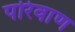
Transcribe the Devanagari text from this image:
परिवाण